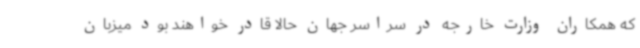
که همکاران وزارت خارجه در سراسر جهان حالا قادر خواهند بود میزبان